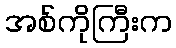
အစ်ကိုကြီးက